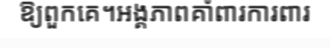
ឱ្យពួកគេ។អង្គភាពគាំពារការពារ